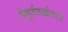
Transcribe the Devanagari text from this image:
बेमुर्वतखोरपणे